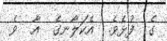
ގެ  ފުޅެވެ.  އެކަލާނގެ  އާ  ވެ